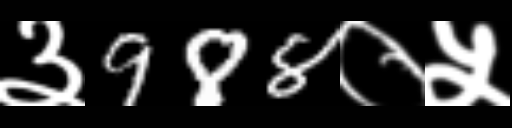
Text: ३988०५